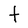
Character: t